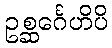
ဥစ္ဆင်္ဂေဟိပိ